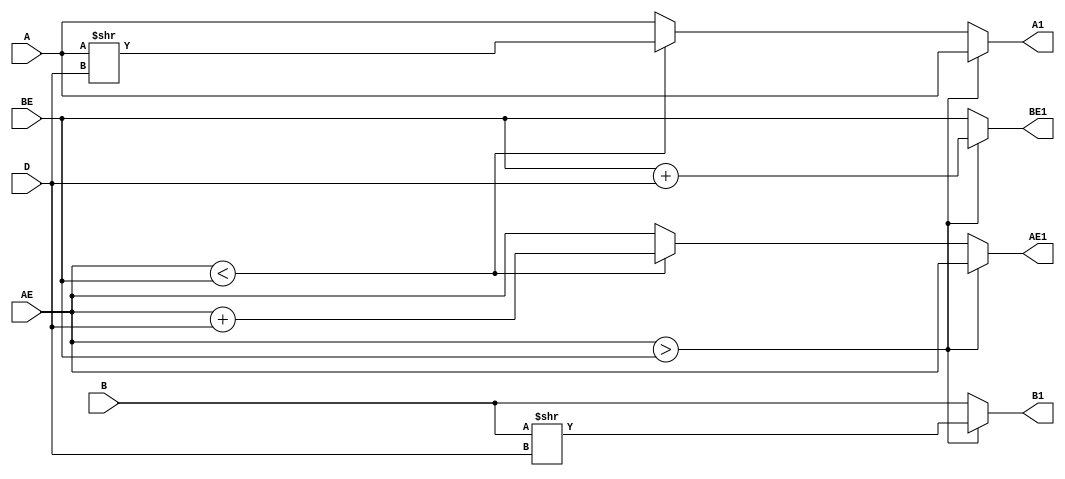
`timescale 1ns / 1ps
//////////////////////////////////////////////////////////////////////////////////
// Company: 
// Engineer: 
// 
// Design Name: 
// Module Name:    align_2 
// Project Name: 
// Target Devices: 
// Tool versions: 
// Description: 
//
// Dependencies: 
//
// Revision: 
// Revision 0.01 - File Created
// Additional Comments: 
//
//////////////////////////////////////////////////////////////////////////////////
module align_2(
    input [23:0] A,
    input [23:0] B,
    input [7:0] AE,
    input [7:0] BE,
    input [7:0] D,
    output reg [23:0] A1,
    output reg [23:0] B1,
    output reg [7:0] AE1,
    output reg [7:0] BE1
    );

always @(A,B,AE,BE,D) begin
if (AE>BE) begin
B1<=B>>D;
BE1<=BE+D;
A1<=A;
AE1<=AE;
end
else if (AE<BE) begin
A1<=A>>D;
AE1<=AE+D;
B1<=B;
BE1<=BE;
end
else begin
A1<=A;
B1<=B;
BE1<=BE;
AE1<=AE;
end
end

endmodule